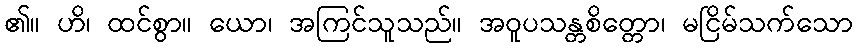
၏။ ဟိ၊ ထင်စွာ။ ယော၊ အကြင်သူသည်။ အဝူပသန္တစိတ္တော၊ မငြိမ်သက်သော